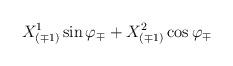
LaTeX: \begin{align*}{X^1_{(\mp 1)} \sin\varphi_\mp + X^2_{(\mp 1)} \cos\varphi_\mp }\end{align*}